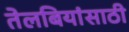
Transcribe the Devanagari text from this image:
तेलबियांसाठी